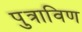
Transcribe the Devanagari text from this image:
पुत्राविण